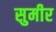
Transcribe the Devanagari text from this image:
सुमीर